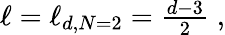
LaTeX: \begin{array}{r}{\ell=\ell_{d,N=2}=\frac{d-3}{2}\; ,}\end{array}